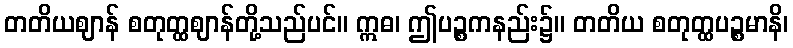
တတိယဈာန် စတုတ္ထဈာန်တို့သည်ပင်။ ဣဓ၊ ဤပဉ္စကနည်း၌။ တတိယ စတုတ္ထပဉ္စမာနိ၊